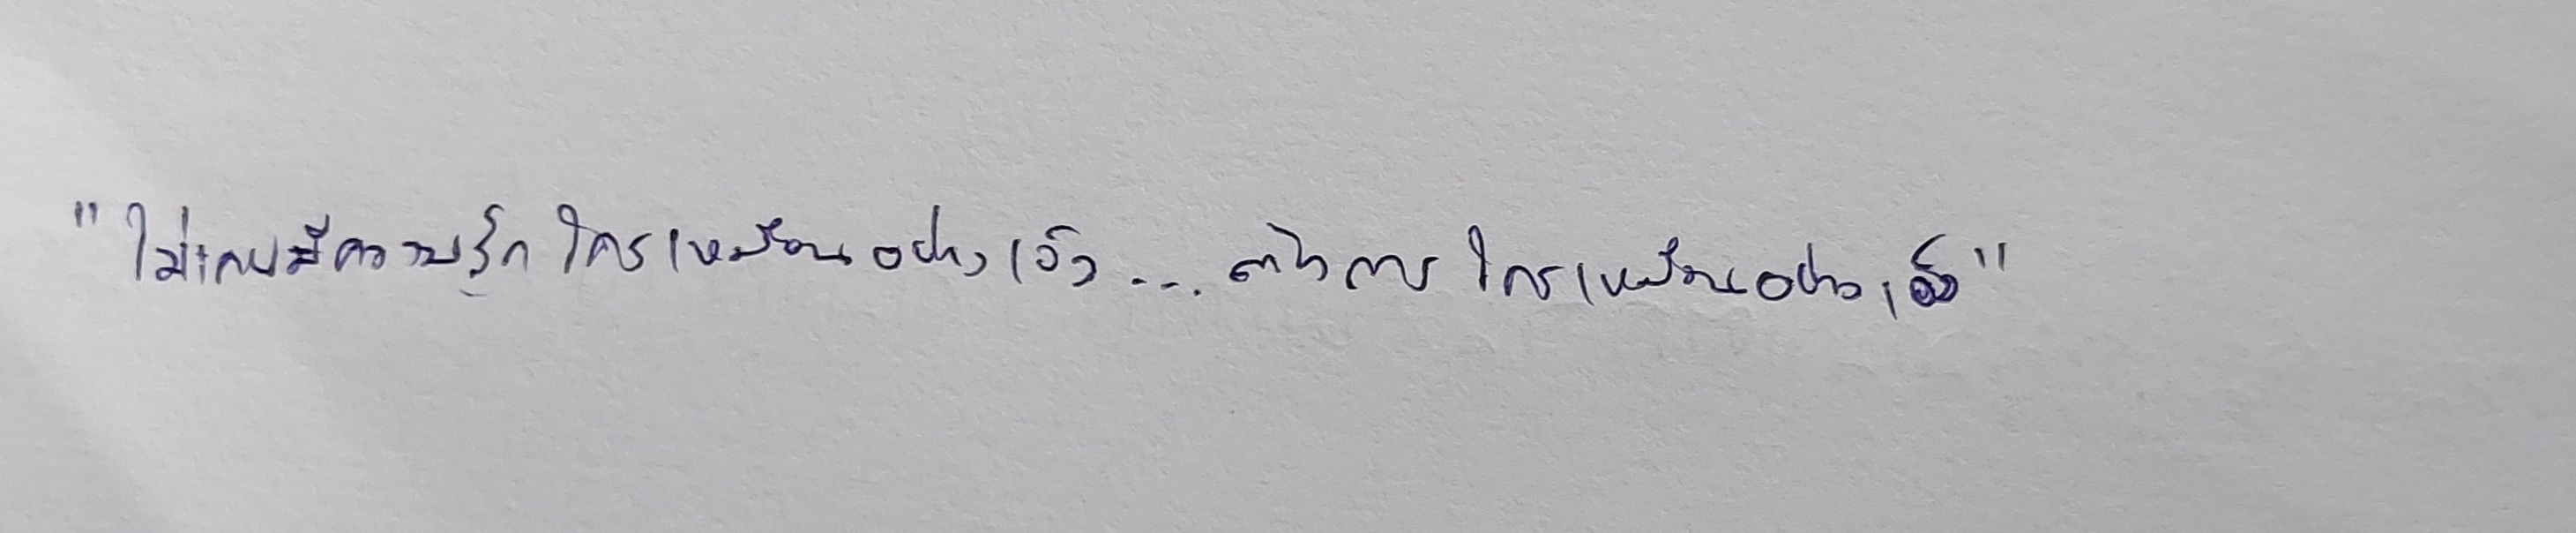
"ไม่เคยมีความรักใครเหมือนอย่างเอ็ง...ต้องการใครเหมือนอย่างเอ็ง"